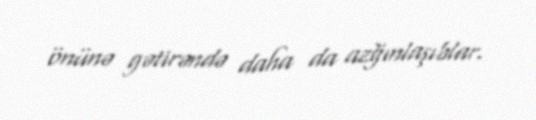
önünə gətirəndə daha da azğınlaşıblar.